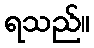
ရသည်။